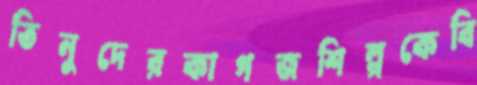
তিনুদেরকাগজশিল্পকেবি